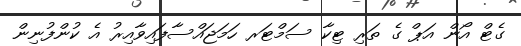
ގެޓް އޯން އަޕް ގެ ތަރި ޓިކާ ސަމްޓަރ ހަމަޖައްސާފައިވާއިރު އެ ކުންފުނިން